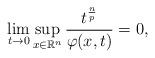
LaTeX: \begin{align*}\lim_{t\rightarrow0}\sup \limits_{x\in{\mathbb{R}^{n}}}\frac{t^{\frac{n}{p}}}{\varphi(x,t)}=0,\end{align*}